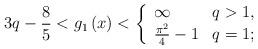
LaTeX: \begin{align*}3q-\frac{8}{5}<g_{1}\left( x\right) <\left\{ \begin{array}{ll}\infty & q>1, \\ \frac{\pi ^{2}}{4}-1 & q=1;\end{array}\right. \end{align*}